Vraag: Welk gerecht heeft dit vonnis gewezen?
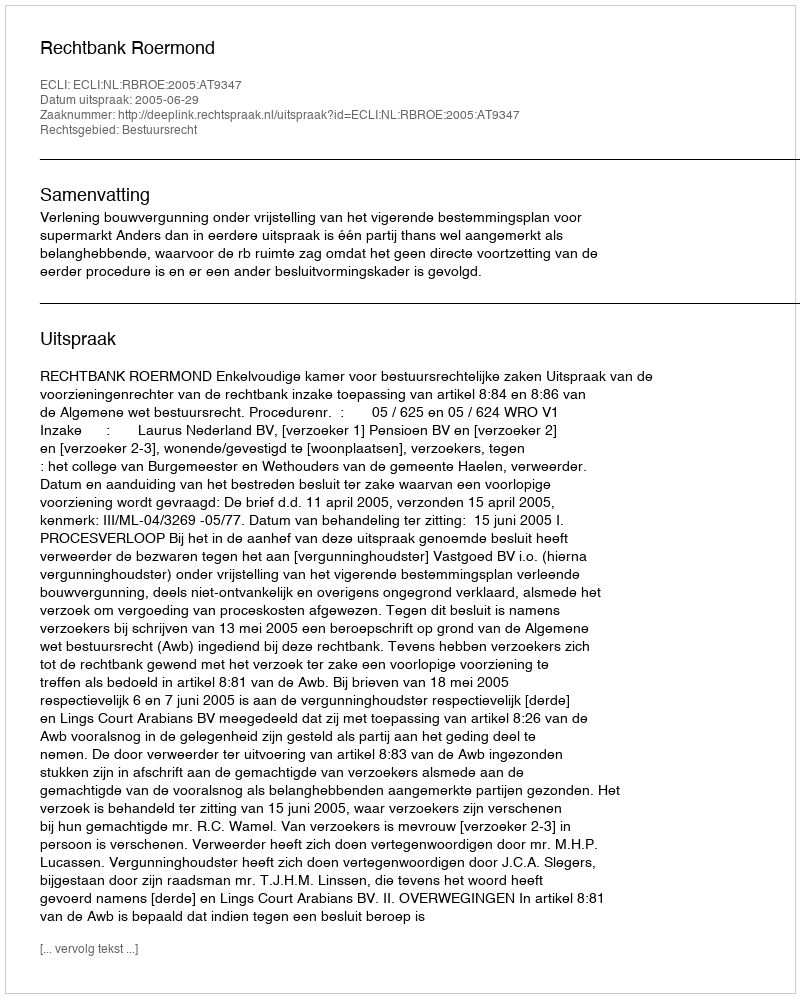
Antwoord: Rechtbank Roermond